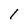
Character: 1